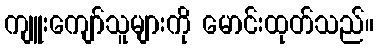
ကျူးကျော်သူများကို မောင်းထုတ်သည်။